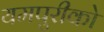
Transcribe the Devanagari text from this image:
यमपुरीको